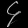
Digit: ၄